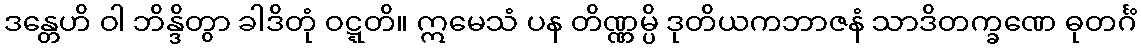
ဒန္တေဟိ ဝါ ဘိန္ဒိတွာ ခါဒိတုံ ဝဋ္ဋတိ။ ဣမေသံ ပန တိဏ္ဏမ္ပိ ဒုတိယကဘာဇနံ သာဒိတက္ခဏေ ဓုတင်္ဂံ